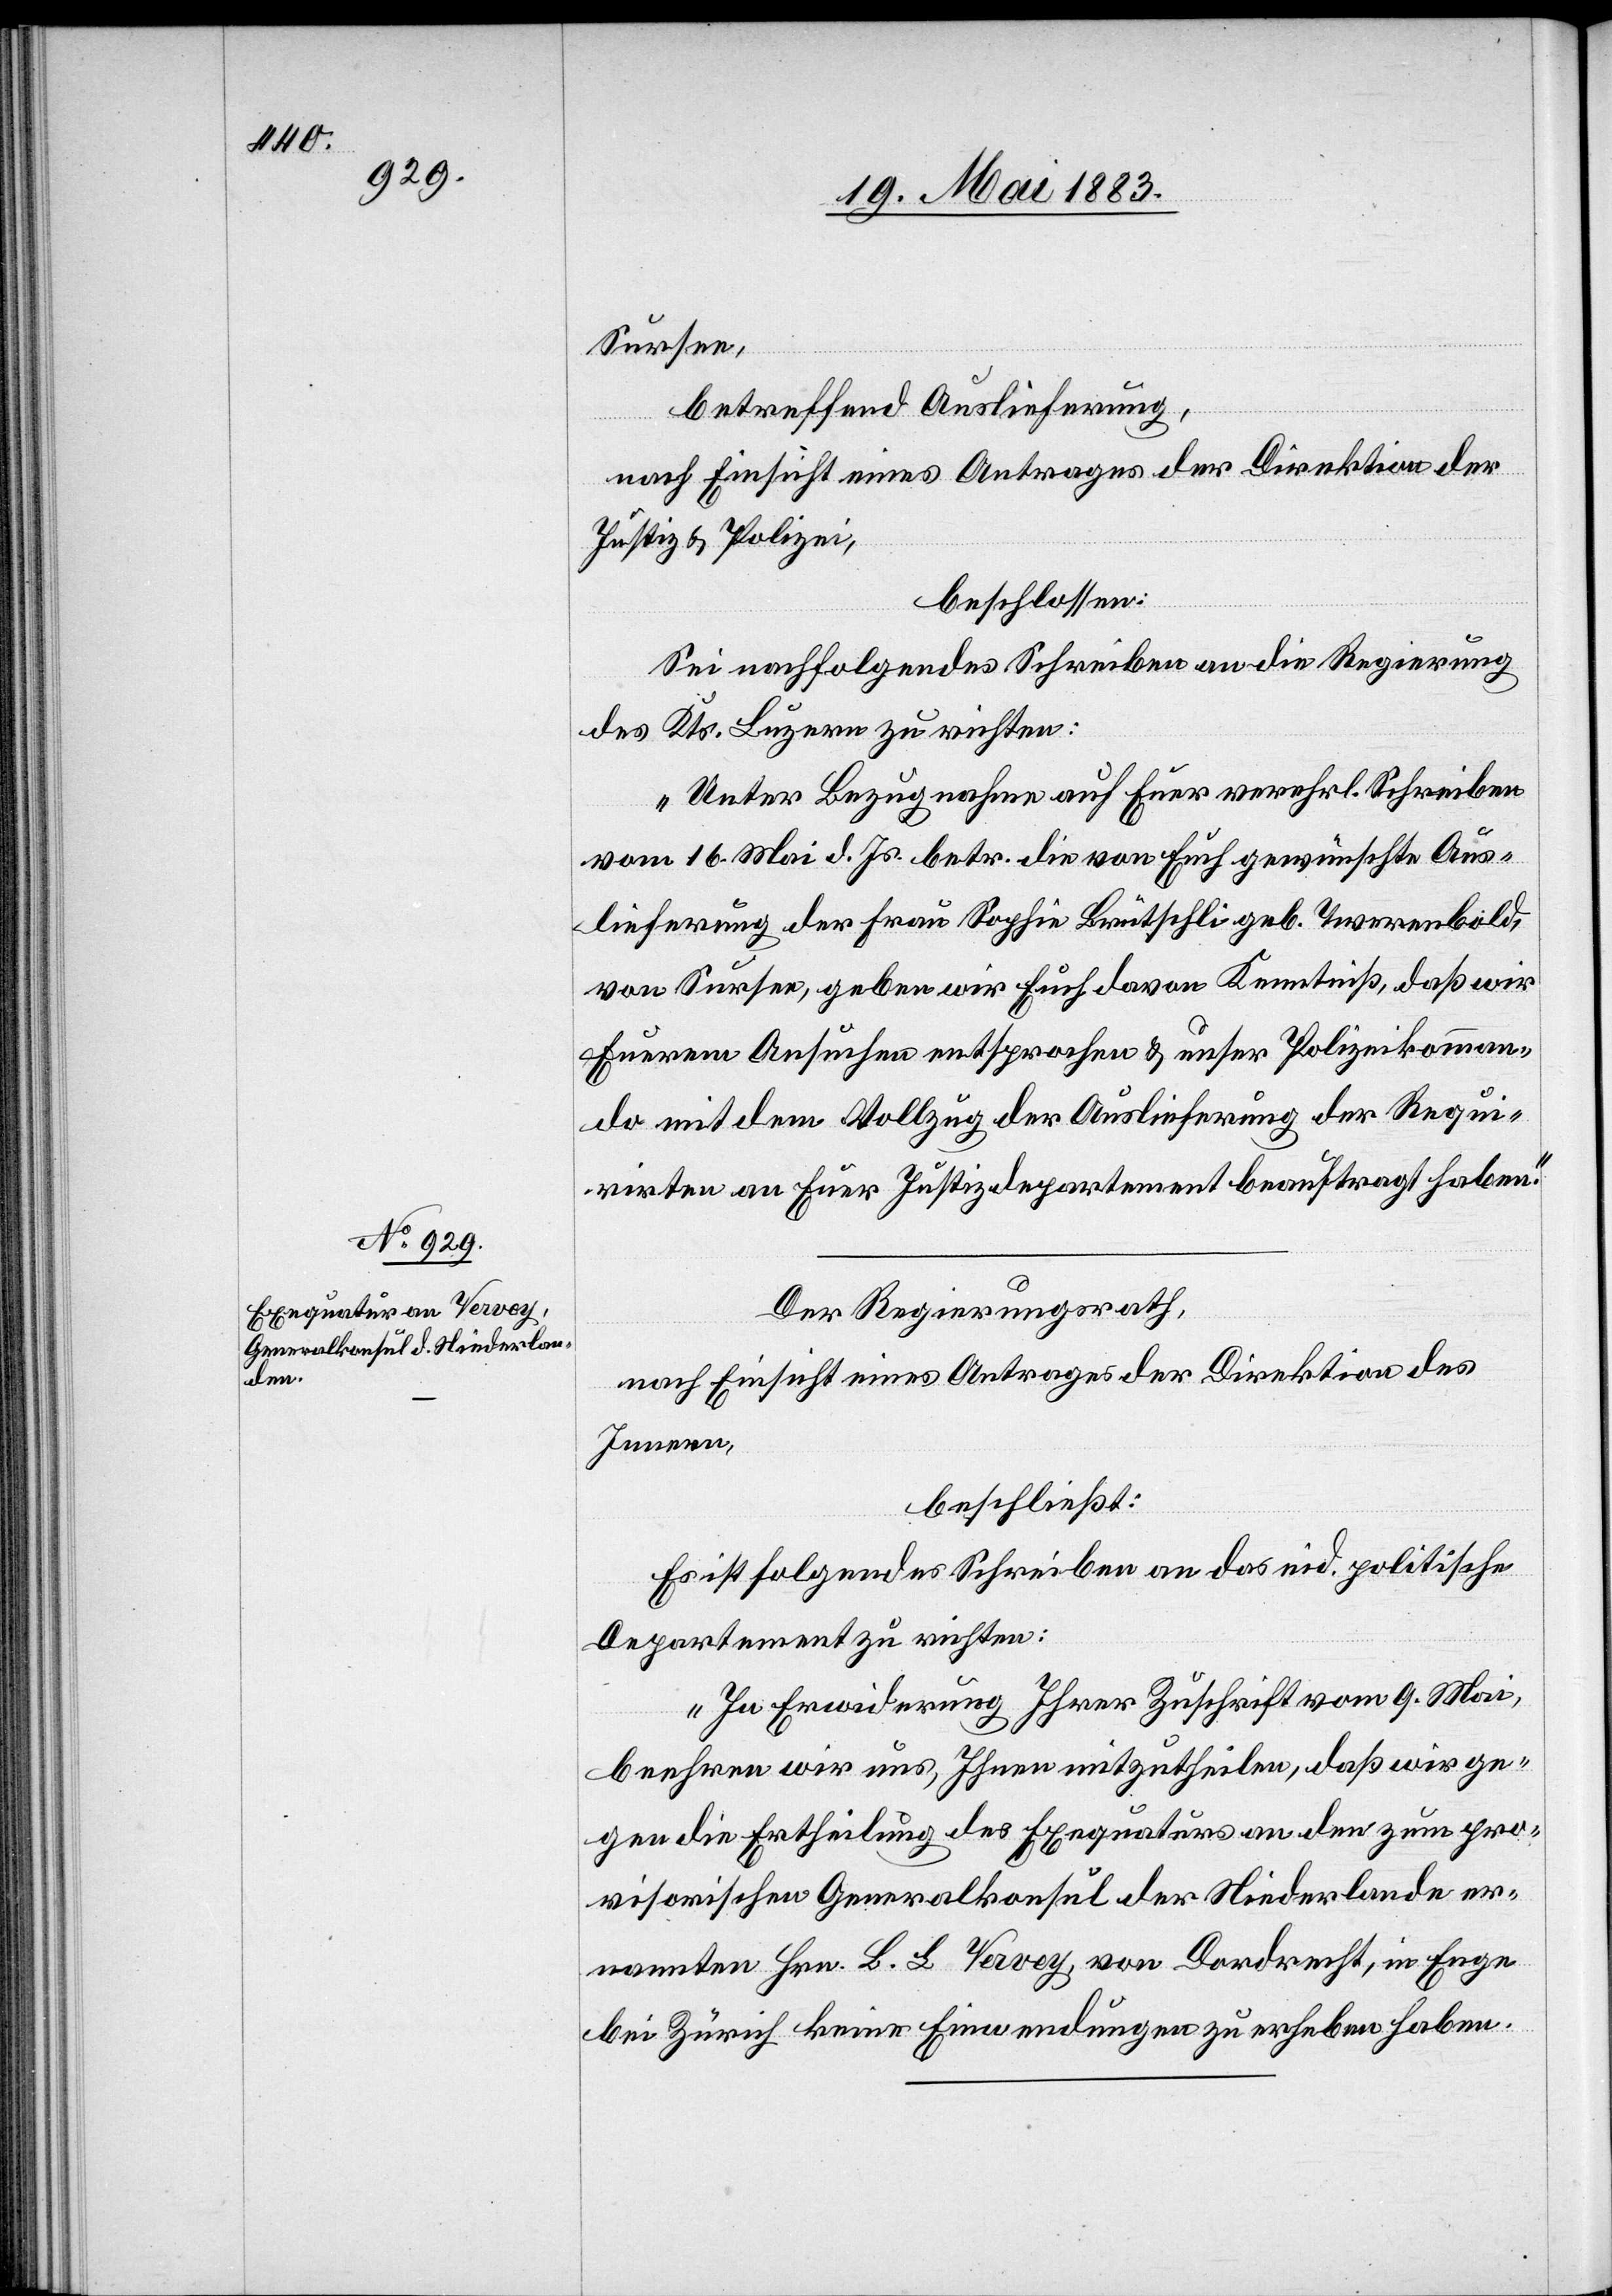
21. Mai 1883.]
Sursee,
betreffend Auslieferung,
l-Verfügungen.
nach Einsicht eines Antrages der Direktion der
Justiz & Polizei,
beschlossen:
Sei nachfolgendes Schreiben an die Regierung
des Kts. Luzern zu richten:
„Unter Bezugnahme auf Euer verehrl. Schreiben
vom 16. Mai d. Js. betr. die von Euch gewünschte Aus¬
lieferung der Frau Sophie Brütschli geb. Twerenbold,
von Sursee, geben wir Euch davon Kenntniß, daß wir
Euerem Ansuchen entsprochen & unter Polizeikomman¬
do mit dem Vollzug der Auslieferung der Requi¬
rirten an Euer Justizdepartement beauftragt haben.“
Der Regierungsrath,
nach Einsicht eines Antrages der Direktion des
Innern,
beschließt:
Es ist folgendes Schreiben an das eid. politische
Departement zu richten:
„In Erwiderung Ihrer Zuschrift vom 9. Mai,
beehren wir uns, Ihnen mitzutheilen, daß wir ge¬
gen die Ertheilung des Exequaturs an den zum pro¬
visorischen Generalkonsul der Niederlande er¬
nannten Hrn. B. L. Vervey [sic!], von Dordrecht, in Enge
bei Zürich keine Einwendungen zu erheben haben.“